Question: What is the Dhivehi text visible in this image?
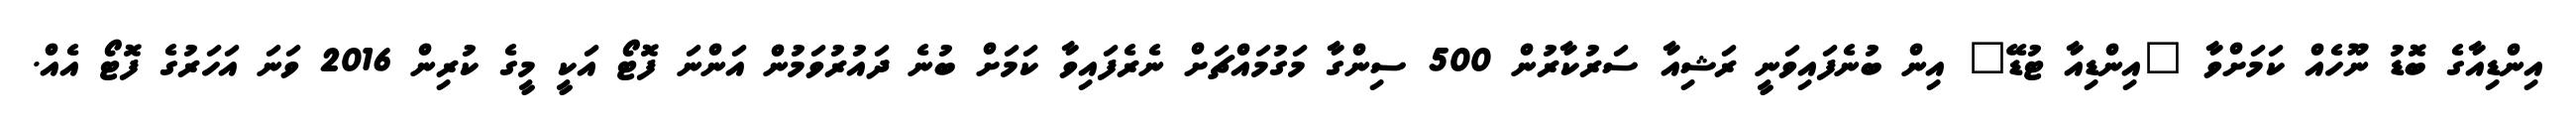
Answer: އިންޑިއާގެ ބޮޑު ނޫހެއް ކަމަށްވާ "އިންޑިއާ ޓުޑޭ" އިން ބުނެފައިވަނީ ރަޝިއާ ސަރުކާރުން 500 ސިންގާ މަގުމައްޗަށް ނެރެފައިވާ ކަމަށް ބުނެ ދައުރުވަމުން އަންނަ ފޮޓޯ އަކީ މީގެ ކުރިން 2016 ވަނަ އަހަރުގެ ފޮޓޯ އެއް.